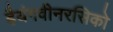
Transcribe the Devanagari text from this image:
हैयंगवीनरसिको